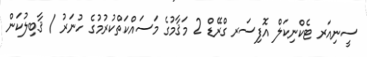
ސީނިއަރ ޓެކްނިކަލް އޮފިސަރ ގްރޭޑް 2 މަޤާމުގެ މަސައްކަތްކުރުމުގެ ހުނަރު / ޤާބިލުކަން